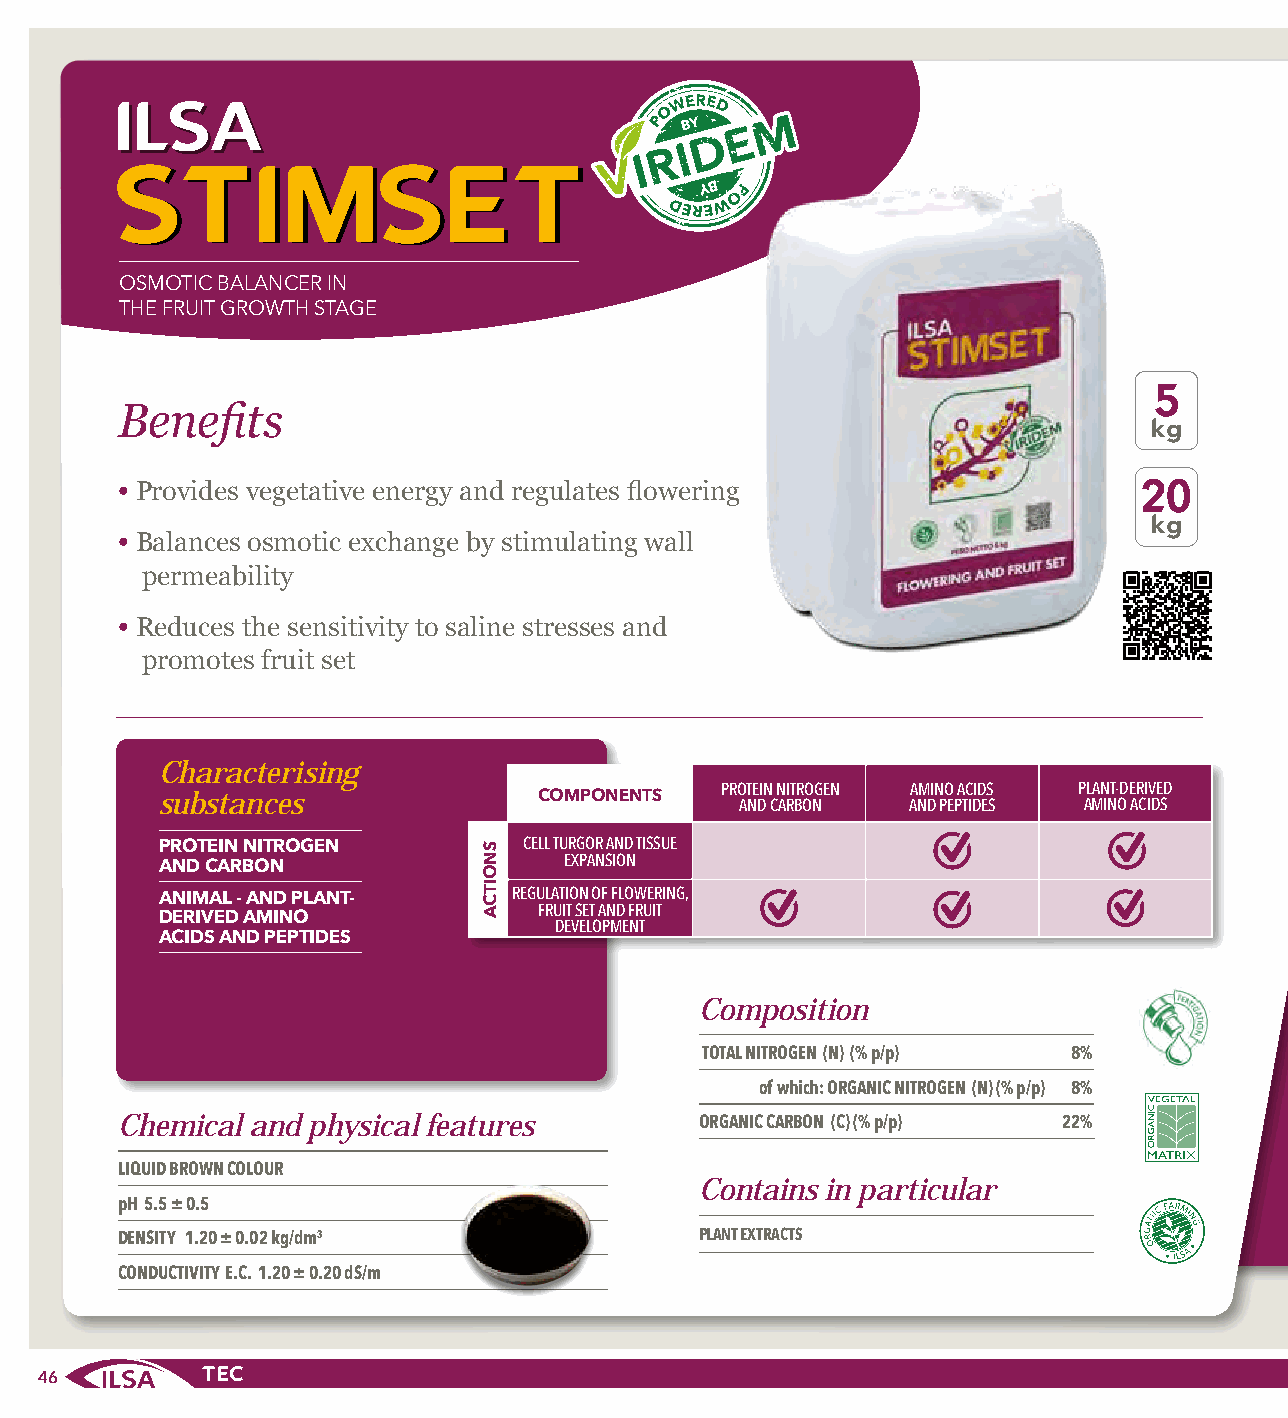
SSTTIIMMSSEETT
 OSMOTIC BALANCER IN
 THE FRUIT GROWTH STAGE
 5
 Benefits
 kg
 • Provides vegetative energy and regulates flowering                20
 kg
 • Balances osmotic exchange by stimulating wall
 permeability
 • Reduces the sensitivity to saline stresses and
 promotes fruit set
 Characterising
 PROTEIN NITROGEN AMINO ACIDS PLANT-DERIVED
 substances                COMPONENTS   AND CARBON AND PEPTIDES AMINO ACIDS
 CELL TURGOR AND TISSUE PROTEIN NITROGEN
 EXPANSION
 AND CARBON
 REGULATION OF FLOWERING,
 ANIMAL - AND PLANT-
 FRUIT SET AND FRUIT
 DERIVED AMINO              DEVELOPMENT
 ACIDS AND PEPTIDES
 Composition
 TOTAL NITROGEN (N) (% p/p) 8%
 of which: ORGANIC NITROGEN (N) (% p/p) 8%
 Chemical and physical features        ORGANIC CARBON (C) (% p/p) 22%
 LIQUID BROWN COLOUR
 Contains in particular
 pH 5.5 ± 0.5
 DENSITY 1.20 ± 0.02 kg/dm3            PLANT EXTRACTS
 CONDUCTIVITY E.C. 1.20 ± 0.20 dS/m
 46
 SNOITCA